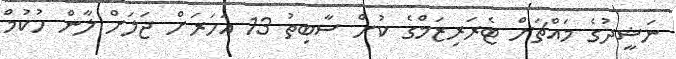
ނަޝީދުގެ މައްޗަށް ޓެރަރިޒަމްގެ ކުށް ސާބިތު 13 އަހަރަށް ޖަލަށް ލާން ހުކުމް